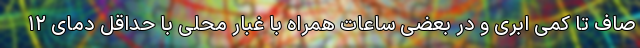
صاف تا کمی ابری و در بعضی ساعات همراه با غبار محلی با حداقل دمای ۱۲